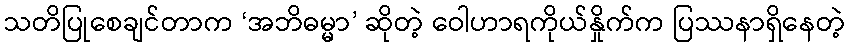
သတိပြုစေချင်တာက ‘အဘိဓမ္မာ’ ဆိုတဲ့ ဝေါဟာရကိုယ်နှိုက်က ပြဿနာရှိနေတဲ့